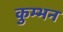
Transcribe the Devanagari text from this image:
कुम्भन